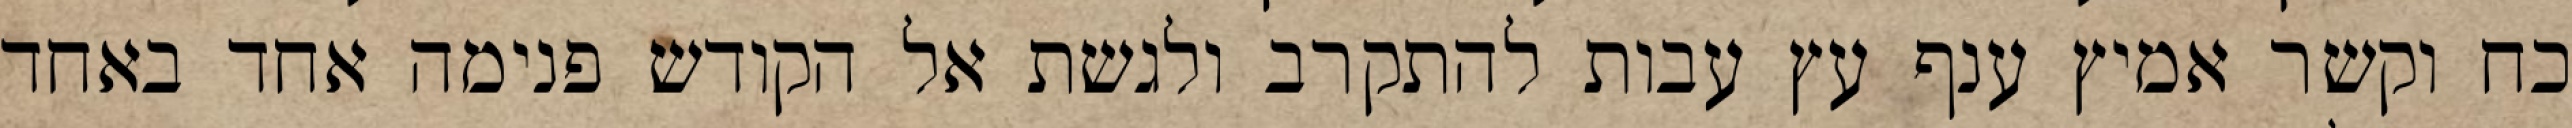
כח וקשר אמיץ ענף עץ עבות להתקרב ולגשת אל הקודש פנימה אחד באחד